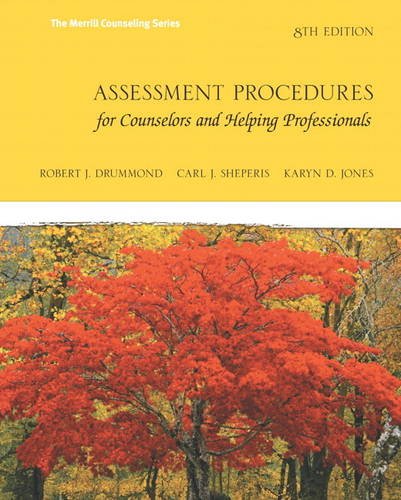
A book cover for Assessment Procedures for Counselors and Helping Professionals (8th Edition) (Merrill Counselling); Robert J. Drummond; Medical Books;